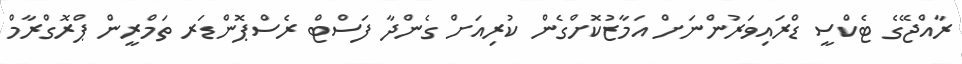
ރާއްޖޭގެ ޓެކްސީ ޑްރައިވަރުންނަށް އަމާޒުކޮށްގެން ކުރިއަށް ގެންދާ ފަސްޓް ރެސްޕޮންޑަރ ތަމްރީން ޕްރޮގްރާމް